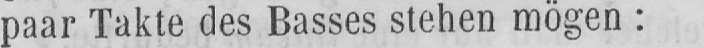
paar Takte des Basses stehen mögen: